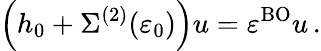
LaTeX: \left(h_{0}+\Sigma^{(2)}(\varepsilon_{0})\right)u=\varepsilon^{\mathrm{BO}}u\, .